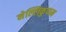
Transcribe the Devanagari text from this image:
नेल्लिकुप्पम